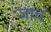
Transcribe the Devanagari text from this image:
जाचं